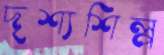
দৃশ্যশিল্প